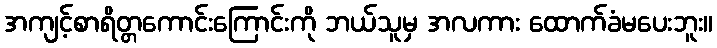
အကျင့်စာရိတ္တကောင်းကြောင်းကို ဘယ်သူမှ အလကား ထောက်ခံမပေးဘူး။